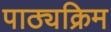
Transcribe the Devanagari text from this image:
पाठ्यक्रिम